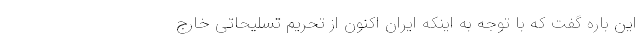
این باره گفت که با توجه به اینکه ایران اکنون از تحریم تسلیحاتی خارج